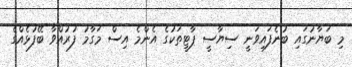
މި ބަޔާނުގައި ބުނެފައިވަނީ ސިޔާސީ ޕާޓީތަކުގެ އެންމެ އިސް މަގާމު ފުރުއްވާ ބޭފުޅެއްގެ